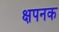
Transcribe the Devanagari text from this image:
क्षपनक